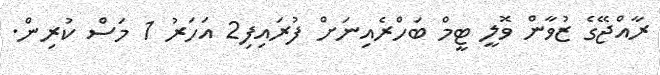
ރާއްޖޭގެ ޒުވާން ވޮލީ ޓީމް ބަހްރެއިނަށް ފުރައިފި2 އަހަރު 1 މަސް ކުރިން.